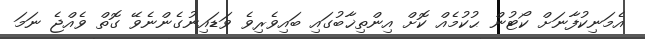
އެމަނިކުފާނަށް ކޯޓުން ޙުކުމެއް ކޮށް އިންތިޚާބުގައި ބައިވެރިވެ ވަޑައިނުގެންނެވޭ ގޮތް ވެއްޖެ ނަމަ